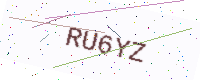
Text: RU6YZ